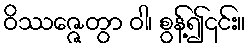
ဝိဿဇ္ဇေတွာ ဝါ၊ စွန့်၍၎င်း။